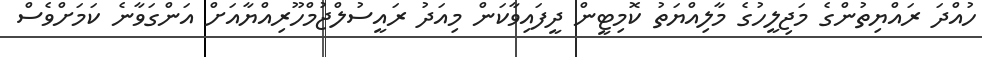
ހުއްދަ ރައްޔިތުންގެ މަޖިލީހުގެ މާލިއްޔަތު ކޮމިޓީން ދީފައިވާކަން މިއަދު ރައީސުލްޖުމްހޫރިއްޔާއަށް އަންގަވާނެ ކަމަށްވެސް